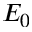
E _ { 0 }